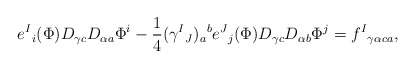
\begin{align*}e^{I}{}_{i}(\Phi)D_{\gamma c}D_{\alpha a }\Phi^{i}-{\frac{1}{4}}(\gamma^{I}{}_{J})_{ a }{}^{ b }e^{J}{}_{j}(\Phi)D_{\gamma c}D_{\alpha b }\Phi^{j}=f^{I}{}_{\gamma\alpha c a },\end{align*}